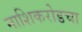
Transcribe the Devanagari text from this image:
नाशिकरोडचा